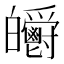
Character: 𤿃